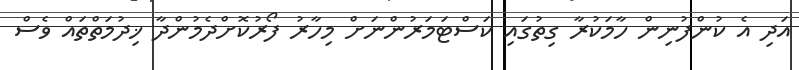
އަދި އެ ކުންފުނިން ހާމަކުރާ ގިތުގައި ކަސްޓަމަރުންނަށް މިހާރު ފޯރުކޮށްދެމުންދާ ޚިދުމަތްތައް ވެސް